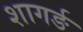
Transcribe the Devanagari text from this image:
शागर्ङ